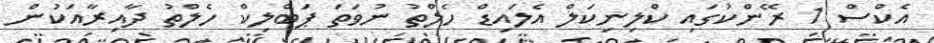
އެކްސް 1 ރޭންކުގައި ކްލިނިކަލް އެލައިޑް ހެލްތު ނުވަތަ ޕަބްލިކް ހެލްތު ދާއިރާއަކުން